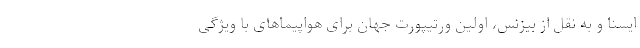
ایسنا و به نقل از بیزنس، اولین ورتیپورت جهان برای هواپیماهای با ویژگی